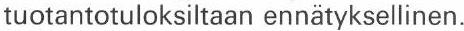
tuotantotuloksiltaan ennätyksellinen.